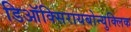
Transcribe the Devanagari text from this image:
डिऑक्सिरायबोन्युक्लिक